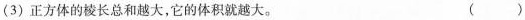
(3)正方体的棱长总和越大，它的体积就越大。 ()